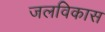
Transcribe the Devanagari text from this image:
जलविकास